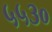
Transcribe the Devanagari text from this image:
५५३०